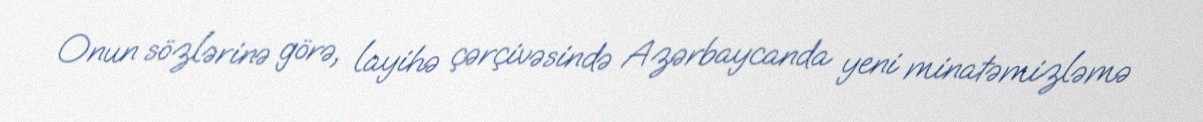
Onun sözlərinə görə, layihə çərçivəsində Azərbaycanda yeni minatəmizləmə